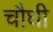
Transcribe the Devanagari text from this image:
चौघी